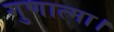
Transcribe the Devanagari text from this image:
गुणात्मा।